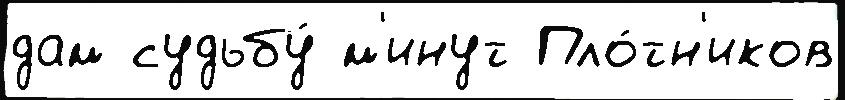
дам судьбу́ м'инут Пло́тн'иков